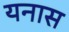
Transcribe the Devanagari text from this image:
यनास